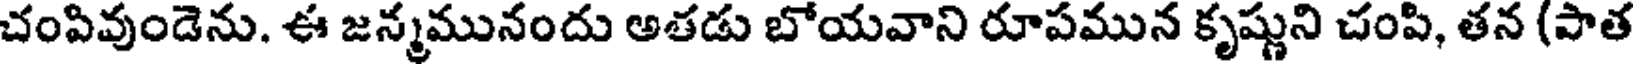
చంపివుండెను. ఈ జన్మమునందు అతడు బోయవాని రూపమున కృష్ణుని చంపి, తన (పాత